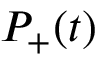
P _ { + } ( t )